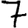
Digit: 7